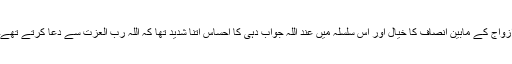
ازواج کے مابین انصاف کا خیال اور اس سلسلہ میں عند اللہ جواب دہی کا احساس اتنا شدید تھا کہ اللہ رب العزت سے دعا کرتے تھے۔